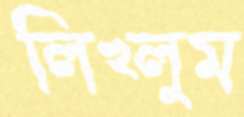
লিখ্লুম